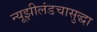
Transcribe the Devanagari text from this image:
न्यूझीलंडचासुद्धा